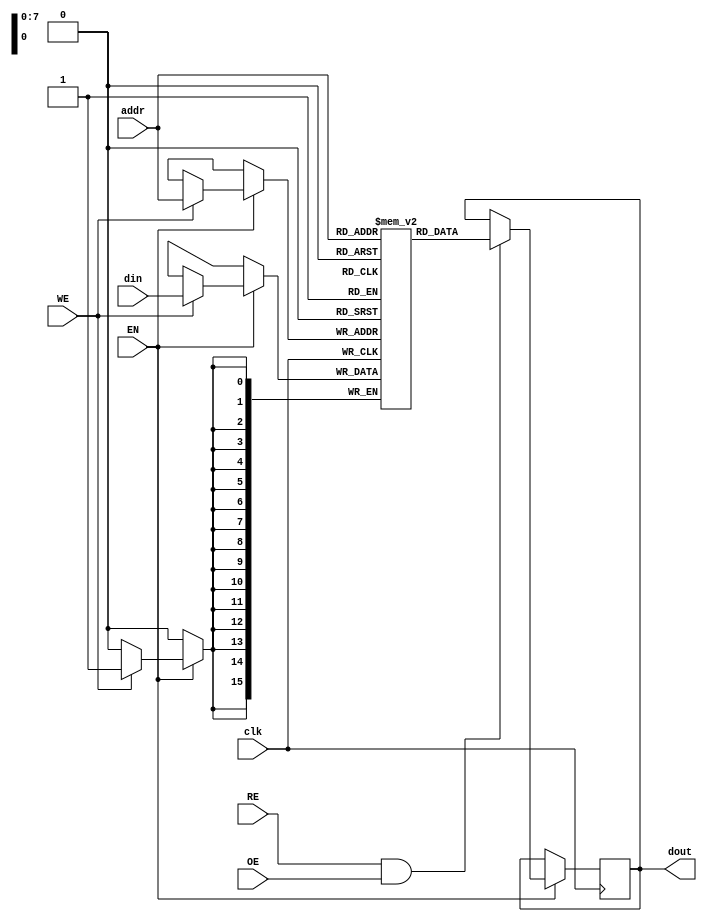
module MemoryBlock #(
    parameter ADDR_WIDTH = 8, // Width of the address bus
    parameter DATA_WIDTH = 16  // Width of the data bus
)(
    input wire clk,            // System clock
    input wire EN,            // Enable signal
    input wire RE,            // Read enable signal
    input wire WE,            // Write enable signal
    input wire OE,            // Output enable signal
    input wire [ADDR_WIDTH-1:0] addr, // Address input
    input wire [DATA_WIDTH-1:0] din,   // Data input for write
    output reg [DATA_WIDTH-1:0] dout    // Data output for read
);

    // Memory array declaration
    reg [DATA_WIDTH-1:0] memory_array [0:(1 << ADDR_WIDTH)-1];

    // Power gating: Logic to disable memory array
    always @(posedge clk) begin
        if (!EN) begin
            // Power down logic (the actual implementation will depend on technology)
            // Here we simply do nothing or could reset the memory if needed
        end else begin
            // Read operation
            if (RE && OE) begin
                dout <= memory_array[addr]; // Read data from memory
            end
            // Write operation
            if (WE) begin
                memory_array[addr] <= din;  // Write data to memory
            end
        end
    end

endmodule